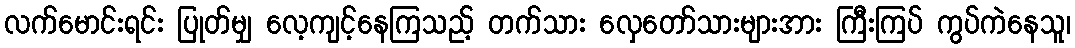
လက်မောင်းရင်း ပြုတ်မျှ လေ့ကျင့်နေကြသည့် တက်သား လှေတော်သားများအား ကြီးကြပ် ကွပ်ကဲနေသူ၊